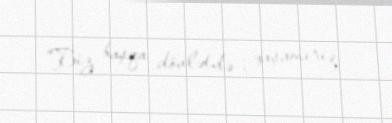
“Biz başqa dövlətdə yaşamırıq.